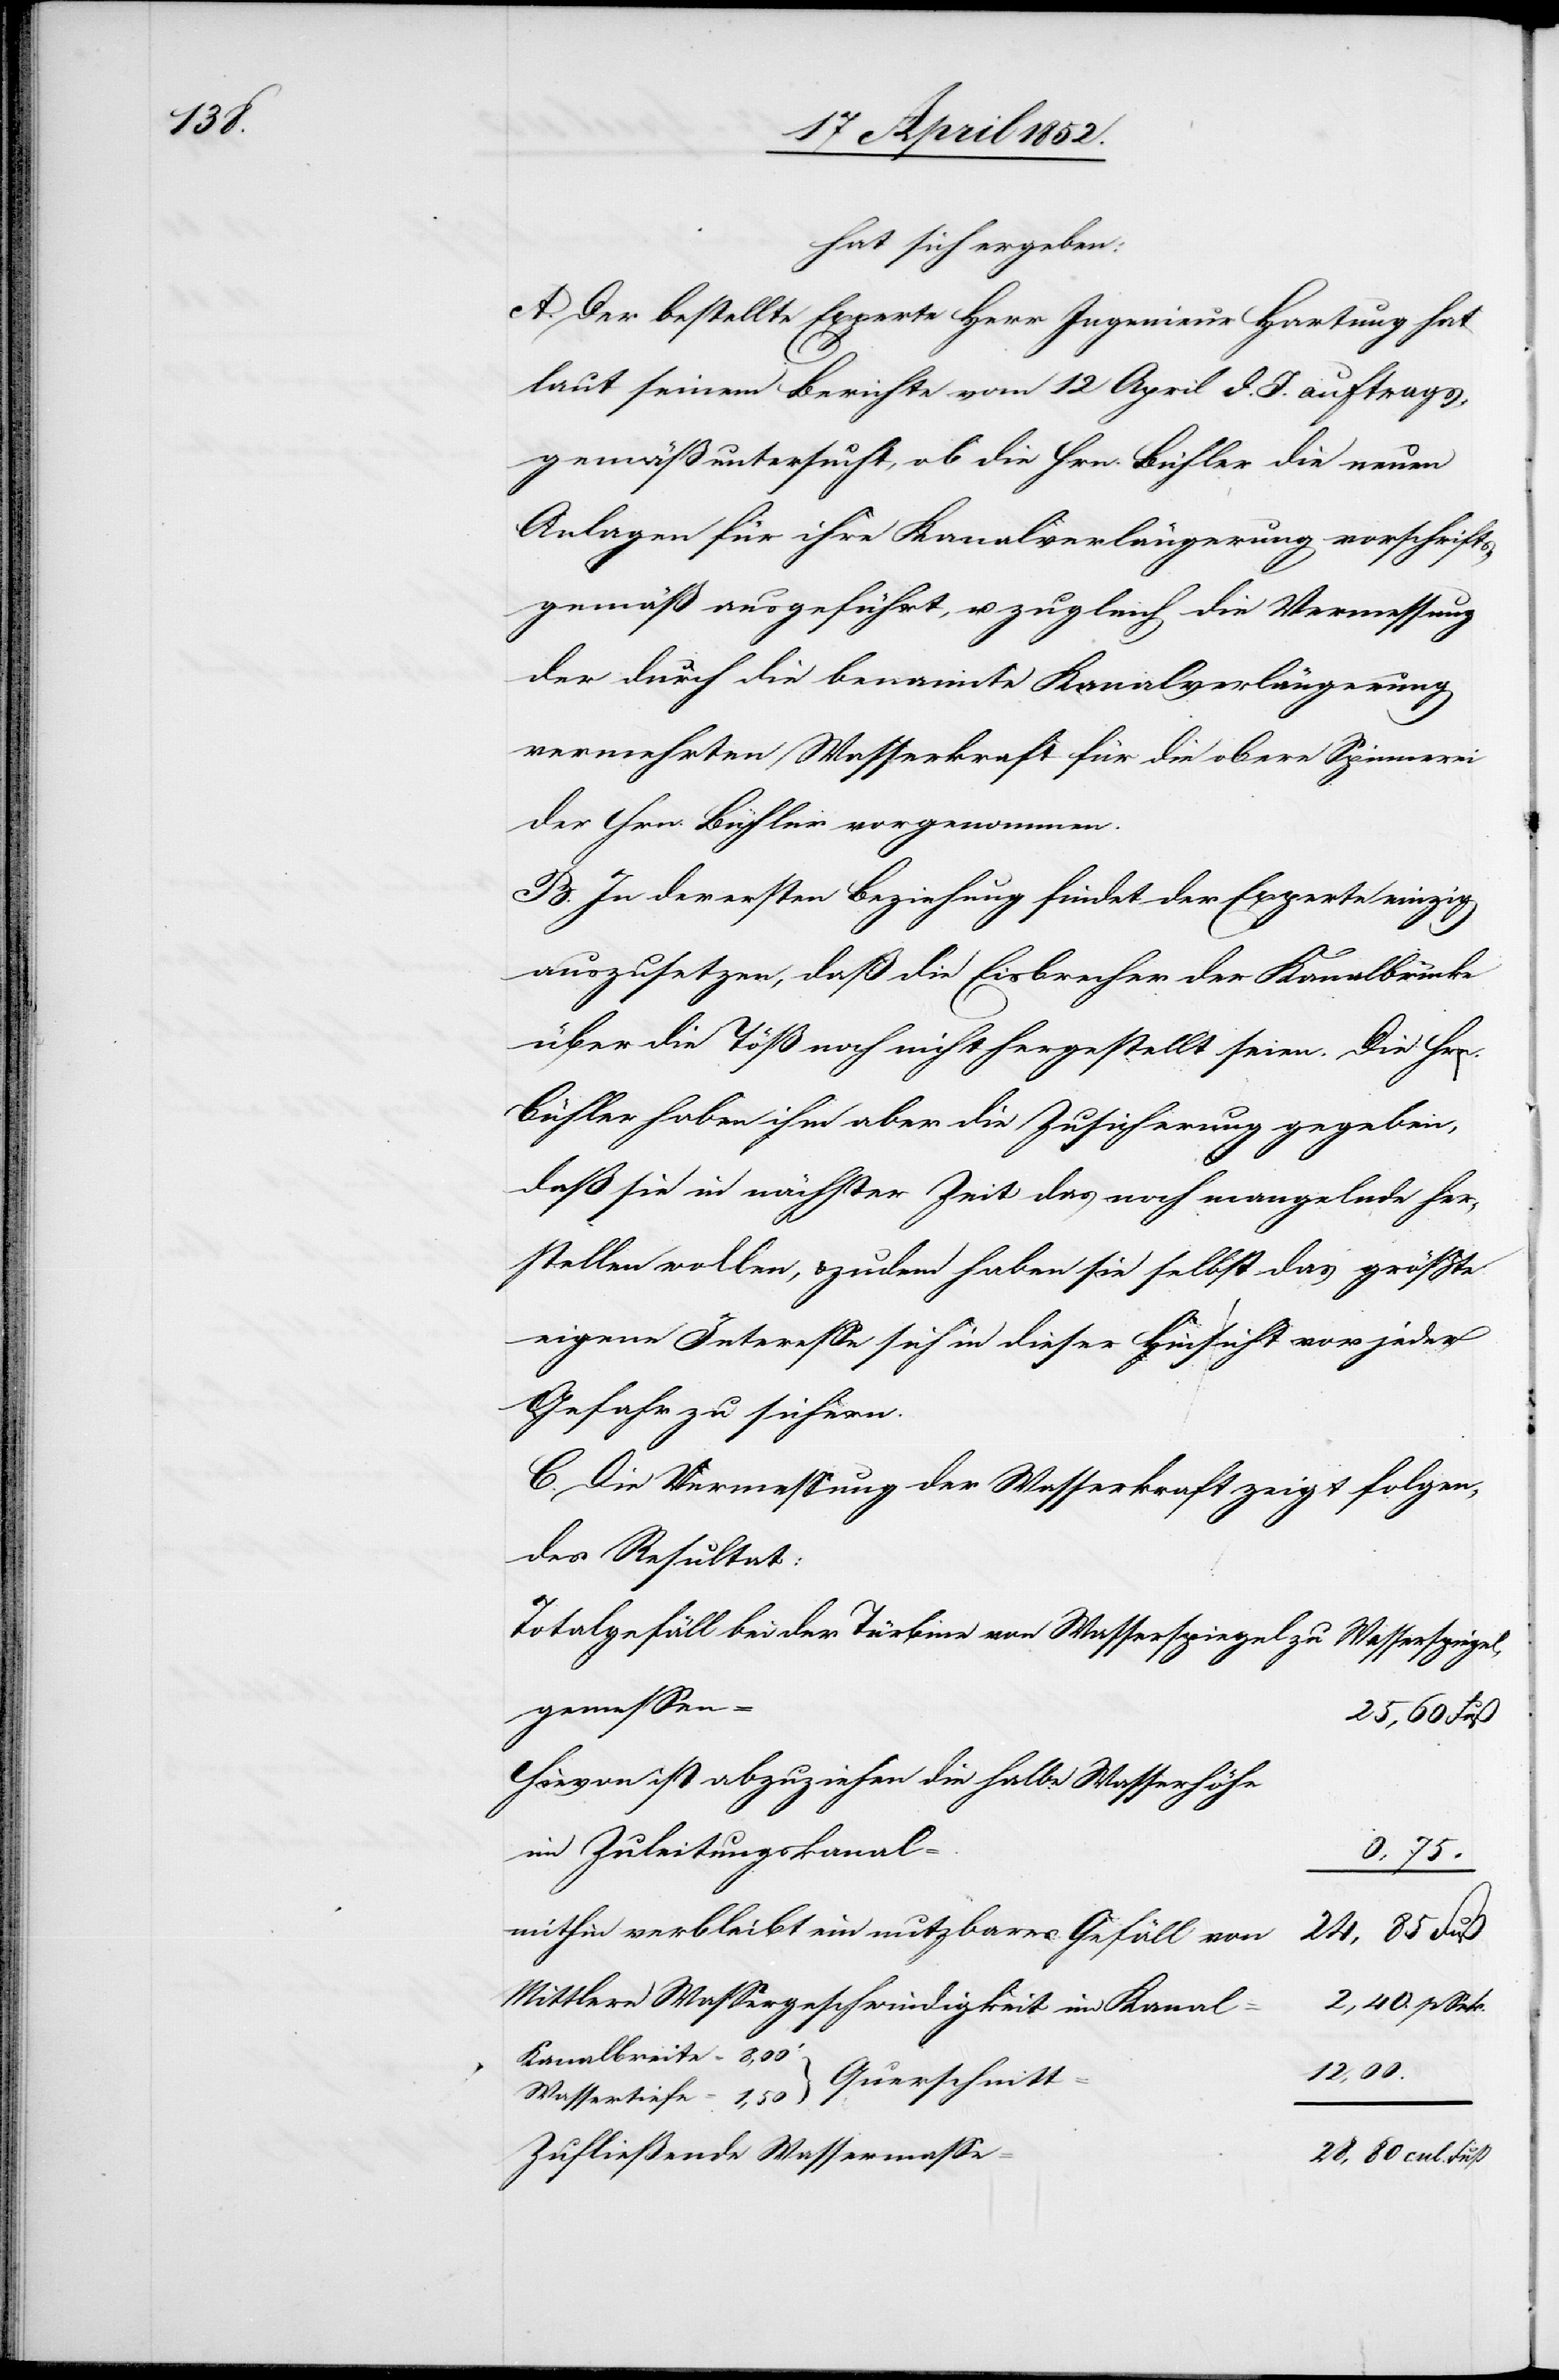
1,50

hat sich ergeben:
A. Der bestellte Experte Herr Ingenieur Hartung hat
laut seinem Berichte vom 12 April d. J. auftrags¬
gemäss untersucht, ob die Hrn. Bühler die neuen
Anlagen für ihre Kanalverlängerung vorschrifts¬
gemäß ausgeführt, u. zugleich die Vermessung
der durch die benannten Kanalverlängerung
vermehrten Wasserkraft für die obere Spinnerei
der Hrn. Bühler vorgenommen.
B. In der ersten Beziehung findet der Experte einzig
auszusetzen, daß die Eisbrecher der Kanalbrücke
über die Töß noch nicht hergestellt seien. Die Hrn.
Bühler haben ihm aber die Zusicherung gegeben,
daß sie in nächster Zeit das noch mangelnde her¬
stellen wollen, & zudem haben sie selbst das grösste
eigene Interesse sich in dieser Hinsicht vor jeder
Gefahr zu sichern.
C. Die Vermessung der Wasserkraft zeigt folgen¬
des Resultat:
Totalgefäll bei der Türbine von Wasserspiegel zu Wasserspiegel,
gemessen
25,60 Fuß
Hievon ist abzuziehen die halbe Wasserhöhe
im Zuleitungskanal
0,75
mithin verbleibt ein nutzbares Gefäll von
24,85 Fuß
Mittlere Wassergeschwindigkeit im Kanal
2,40. p Sek.
Kanalbreite =
12,00.
Zufließende Wassermasse
28,80 cub. Fuß